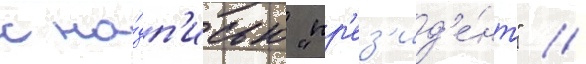
с на́дп'исью "пр'ез'ид'е́нт" /